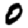
Digit: 0